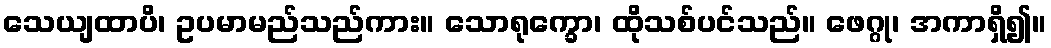
သေယျထာပိ၊ ဥပမာမည်သည်ကား။ သောရုက္ခော၊ ထိုသစ်ပင်သည်။ ဖေဂ္ဂု၊ အကာရှိ၍။